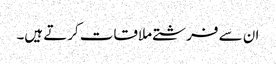
ان سے فرشتے ملاقات کرتے ہیں۔